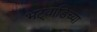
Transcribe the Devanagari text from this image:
भट्वाडिच्या